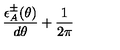
\frac { \epsilon _ { A } ^ { \pm } ( \theta ) } { d \theta } + \frac { 1 } { 2 \pi }